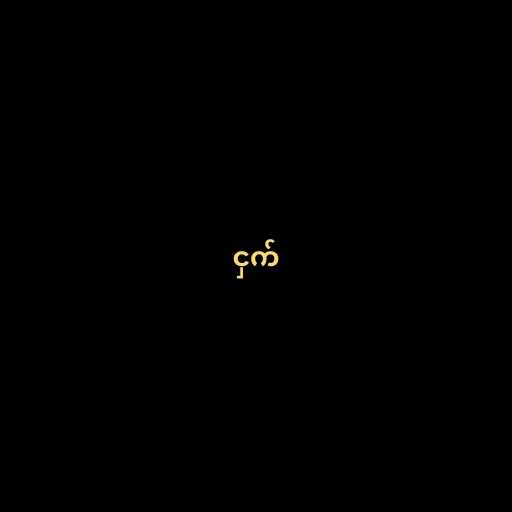
ငှက်